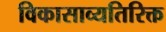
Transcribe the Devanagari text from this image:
विकासाव्यतिरिक्त